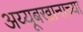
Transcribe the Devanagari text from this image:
अय्यूबखानाच्या